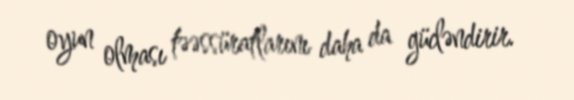
oyun olması təəssüratlarını daha da gücləndirir.